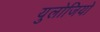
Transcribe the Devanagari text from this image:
युलोजियो